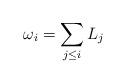
LaTeX: \begin{align*}\omega_i=\sum_{j\leq i}L_j\end{align*}